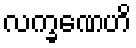
လက္ခဏေဟိ